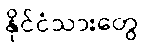
နိုင်ငံသားတွေ